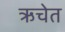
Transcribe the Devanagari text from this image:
ऋचेत